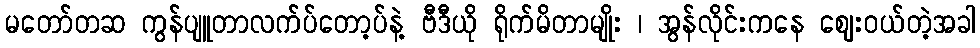
မတော်တဆ ကွန်ပျူတာလက်ပ်တော့ပ်နဲ့ ဗီဒီယို ရိုက်မိတာမျိုး ၊ အွန်လိုင်းကနေ ဈေးဝယ်တဲ့အခါ